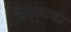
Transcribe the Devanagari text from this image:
हाज़रावा